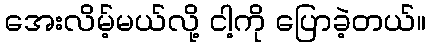
အေးလိမ့်မယ်လို့ ငါ့ကို ပြောခဲ့တယ်။